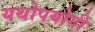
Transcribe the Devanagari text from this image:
यथोपयोगी